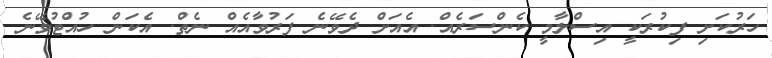
ހަރުކަށި ފިކުރަކީ އިސްލާމީ ކެންސަރެއް. އެއަށް ދެވޭނެ ފަރުވާއެއް ނެތް. އެކަން ހުއްޓުވޭނެ